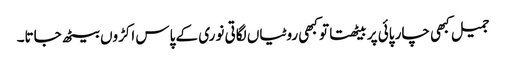
جمیل کبھی چار پائی پر بیٹھتا تو کبھی روٹیاں لگاتی نوری کے پاس اکڑوں بیٹھ جاتا۔